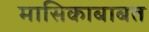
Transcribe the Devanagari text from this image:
मासिकाबाबत